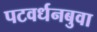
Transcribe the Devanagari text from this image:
पटवर्धनबुवा